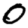
Digit: 0